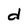
Character: d